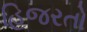
હિજરતો